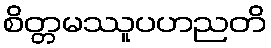
စိတ္တမဿူပဟညတိ